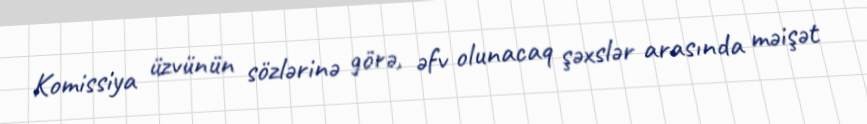
Komissiya üzvünün sözlərinə görə, əfv olunacaq şəxslər arasında məişət